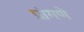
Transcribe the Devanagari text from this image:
प्रांगणे